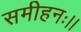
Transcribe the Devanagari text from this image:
समीहनः।।